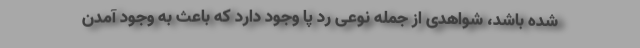
شده باشد، شواهدی از جمله نوعی رد پا وجود دارد که باعث به وجود آمدن